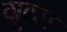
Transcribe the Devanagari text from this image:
ग्रूव्ज़